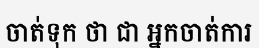
ចាត់ទុក ថា ជា អ្នកចាត់ការ